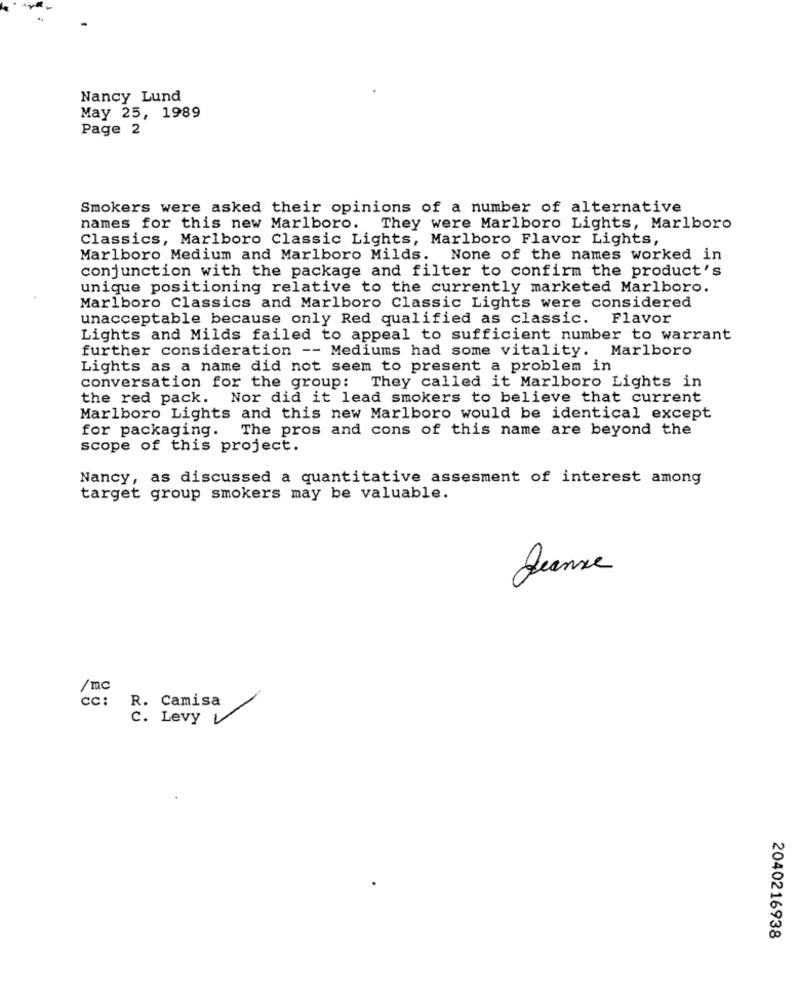
Nancy Lund
May 25, 1989
Page 2
Smokers were asked their opinions of a number of alternative
names for this new Marlboro. They were Marlboro Lights, Marlboro
Classics, Marlboro Classic Lights, Marlboro Flavor Lights,
Marlboro Medium and Marlboro Milds. None of the names worked in
conjunction with the package and filter to confirm the product's
unique positioning relative to the currently marketed Marlboro.
Marlboro Classics and Marlboro Classic Lights were considered
unacceptable because only Red qualified as classic. Flavor
Lights and Milds failed to appeal to sufficient number to warrant
further consideration -- Mediums had some vitality. Marlboro
Lights as a name did not seem to present a problem in
conversation for the group: They called it Marlboro Lights in
the red pack. Nor did it lead smokers to believe that current
Marlboro Lights and this new Marlboro would be identical except
for packaging. The pros and cons of this name are beyond the
scope of this project.
Nancy, as discussed a quantitative assesment of interest among
target group smokers may be valuable.
Jeanne
/mc
cc: R. Camisa
c. Levy
2040216938